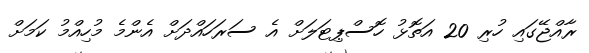
ރާއްޖޭގައި ހުރި 20 އަތޮޅު ހޮސްޕިޓަލަށް އެ ސަރަހައްދަށް އެންމެ މުހިއްމު ކަމަށް